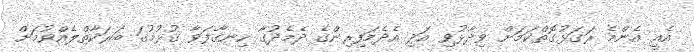
އެއީ އެންމެ ރަގަޅުގޮތްކަމަށް ވިދާޅުވި އަދި އެދެމަފިރިންގެ ދެމެދުގާ ހިނގާފަވާ ގުޅުމުގަ ބަރަކާތްލެއްވުމަށް